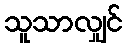
သူသာလျှင်